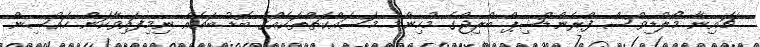
ޗައިނާ މޯލްޑިވްސް ފްރެންޑްޝިޕް ބްރިޖްގެ މުހިންމު މަސައްކަތްތަކެއްގެ ބޮޑު ބައެއް ނިމިފައިވާކަން ހައުސިން